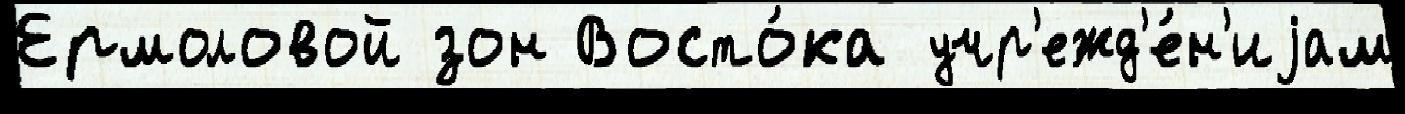
Ермоловой зон Восто́ка учр'ежд'е́н'иjам